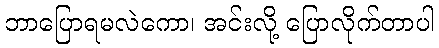
ဘာပြောရမလဲကော၊ အင်းလို့ ပြောလိုက်တာပါ